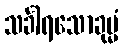
သင်္ခါရသောခုမ္မံ